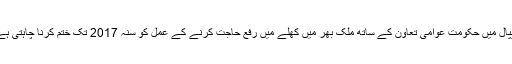
نیپال میں حکومت عوامی تعاون کے ساتھ ملک بھر میں کھلے میں رفع حاجت کرنے کے عمل کو سنہ 2017 تک ختم کرنا چاہتی ہے۔